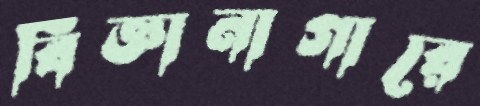
বিজ্ঞানাগারে